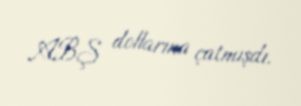
ABŞ dollarına çatmışdı.